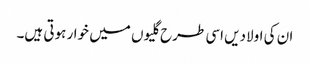
ان کی اولادیں اسی طرح گلیوں میں خوار ہوتی ہیں۔